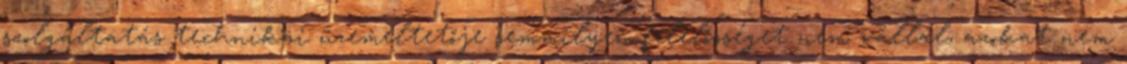
szolgáltatás technikai üzemeltetője semmilyen felelősséget nem vállal, azokat nem